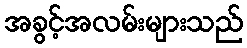
အခွင့်အလမ်းများသည်